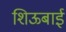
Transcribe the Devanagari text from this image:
शिऊबाई